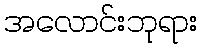
အလောင်းဘုရား